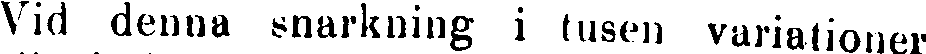
Vid denna snarkning i tusen variationer